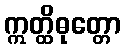
ဣတ္ထိဓုတ္တော